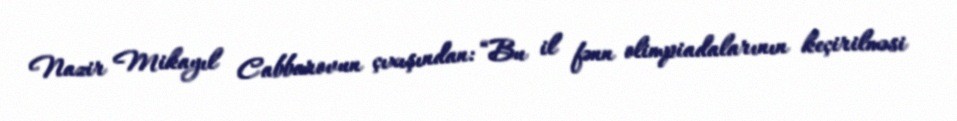
Nazir Mikayıl Cabbarovun çıxışından: “Bu il fənn olimpiadalarının keçirilməsi